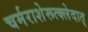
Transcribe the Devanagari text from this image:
चर्मराशेरूत्क्लेदात्